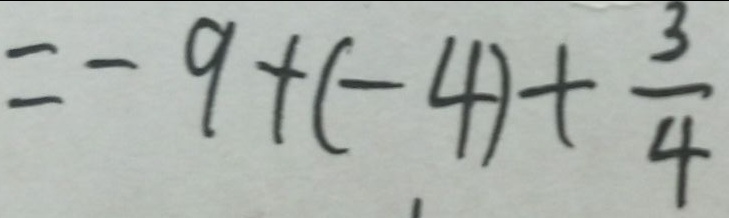
= - 9 + ( - 4 ) + \frac { 3 } { 4 }